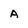
Character: A